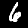
Label: 6